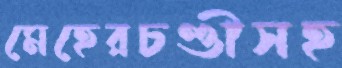
মেহেরচণ্ডীসহ